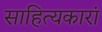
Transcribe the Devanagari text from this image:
साहित्यकारां